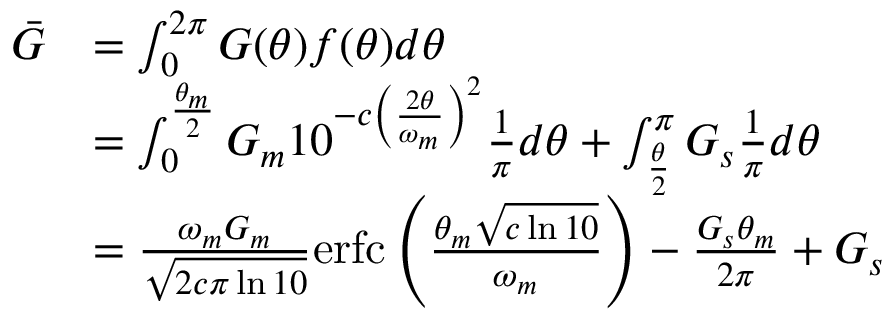
\begin{array} { r l } { \bar { G } } & { = \int _ { 0 } ^ { 2 \pi } G ( \theta ) f ( \theta ) d \theta } \\ & { = \int _ { 0 } ^ { \frac { \theta _ { m } } { 2 } } G _ { m } 1 0 ^ { - c \left( \frac { 2 \theta } { \omega _ { m } } \right) ^ { 2 } } \frac { 1 } { \pi } d \theta + \int _ { \frac { \theta } { 2 } } ^ { \pi } G _ { s } \frac { 1 } { \pi } d \theta } \\ & { = \frac { \omega _ { m } G _ { m } } { \sqrt { 2 c \pi \ln { 1 0 } } } \mathrm { e r f c } \left( \frac { \theta _ { m } \sqrt { c \ln 1 0 } } { \omega _ { m } } \right) - \frac { G _ { s } \theta _ { m } } { 2 \pi } + G _ { s } } \end{array}